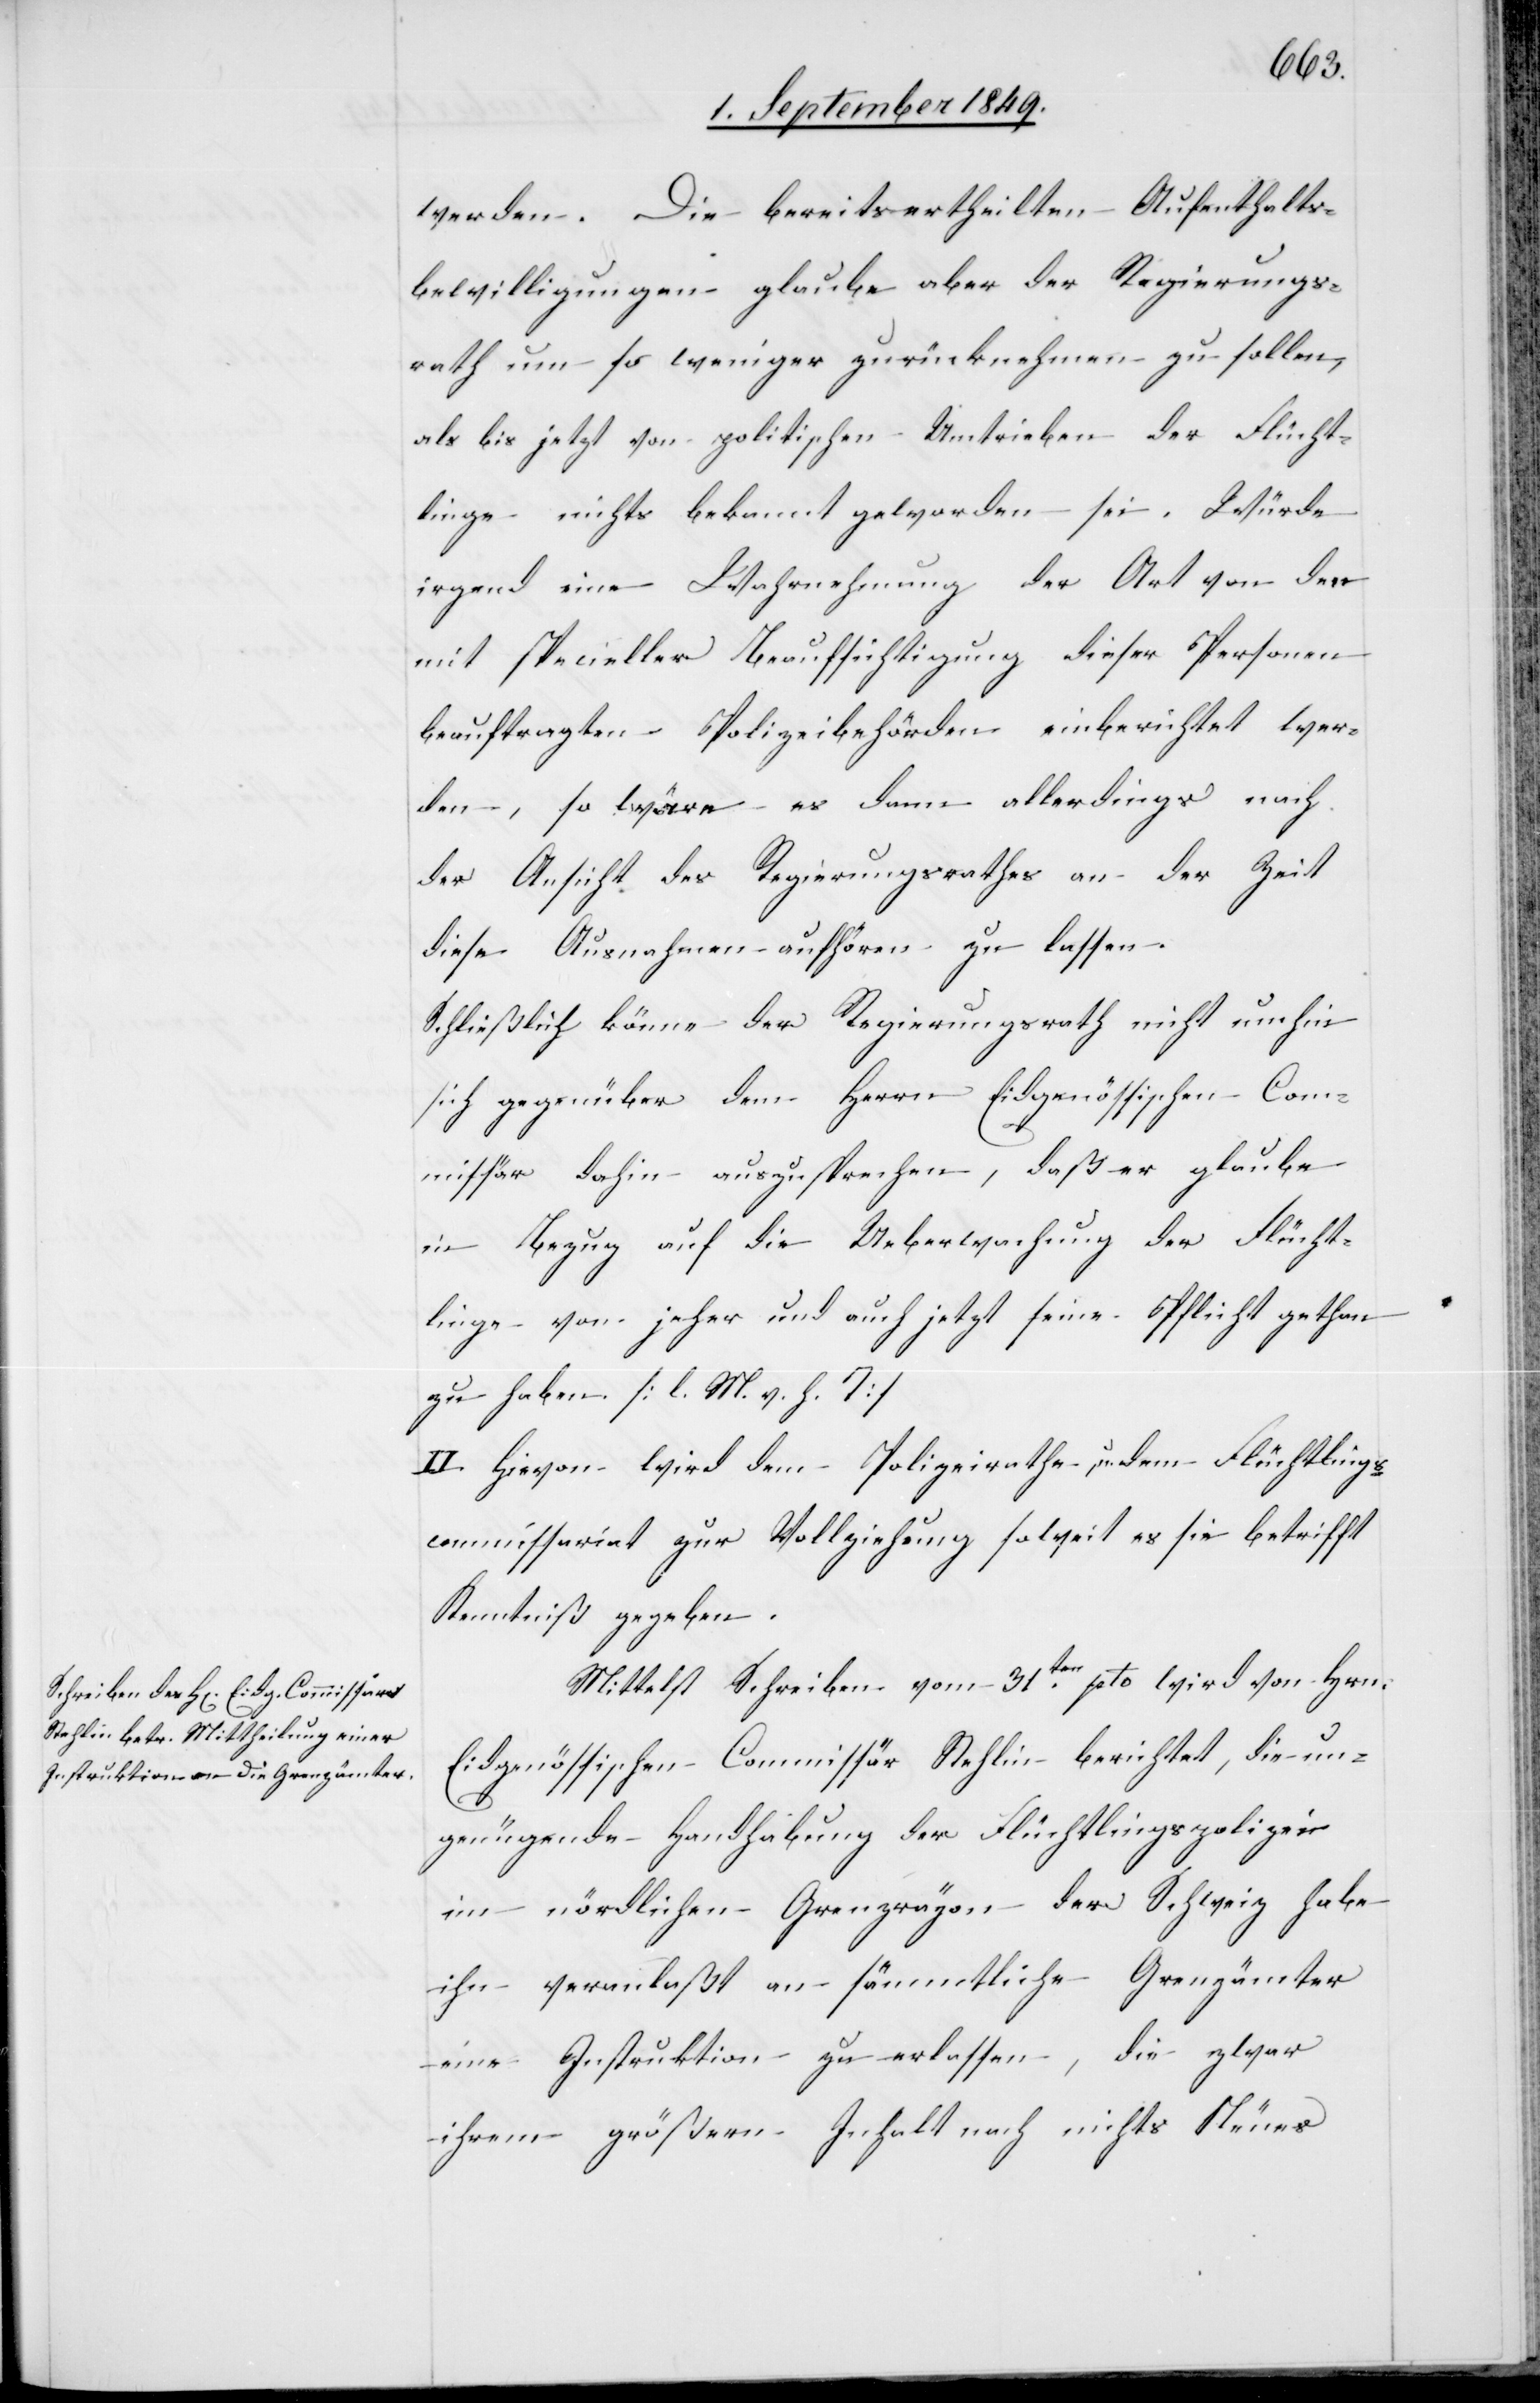
werden. Die bereits ertheilten Aufenthalts¬
bewilligungen glaube aber der Regierungs¬
rath um so weniger zurücknehmen zu sollen,
als bis jetzt von politischen Umtrieben der Flücht¬
linge nichts bekannt geworden sei. Würde
irgend eine Wahrnehmung der Art von den
mit specieller Beaufsichtigung dieser Personen
beauftragten Polizeibehörden einberichtet wer¬
den, so wäre es dann allerdings nach
der Ansicht des Regierungsrathes an der Zeit
diese Ausnahmen aufhören zu lassen.
Schließlich könne der Regierungsrath nicht umhin
sich gegenüber dem Herrn Eidgenössischen Com¬
missär dahin auszusprechen, daß er glaube
in Bezug auf die Ueberwachung der Flücht¬
linge von jeher und auch jetzt seine Pflicht gethan
zu haben. [l. M. h. T]
II. Hievon wird dem Polizeirathe, u. dem Flüchtlings¬
commissariat zur Vollziehung soweit es sie betrifft
Kenntniß gegeben.
Mittelst Schreiben vom 31ten pto. wird von Hrn:
Eidgenössischen Commissär Stehlin berichtet, die un¬
genügende Handhabung der Flüchtlingspolizei
im nördlichen Grenzrayon der Schweiz habe
ihn veranlaßt an sämmtliche Grenzämter
eine Instruktion zu erlassen, die zwar
ihrem größern Inhalt nach nichts Neues